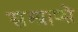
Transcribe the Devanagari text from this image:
सम्प्राप्से